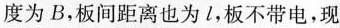
度为B，板间距离也为l，板不带电，现